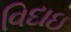
વિદાઇ